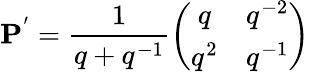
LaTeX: {\mathbf P}^{'}=\frac{1}{q+q^{-1}}\left(\begin{array}{cc}{{q}}&{{q^{-2}}}\\ {{q^{2}}}&{{q^{-1}}}\end{array}\right)